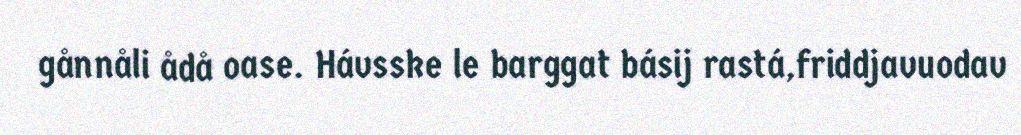
gånnåli ådå oase. Hávsske le barggat básij rastá,friddjavuodav